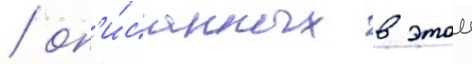
/ оп'и́санных в этои